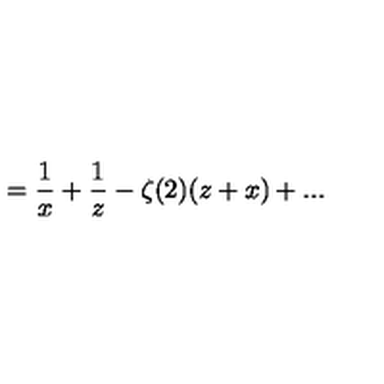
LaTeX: = { \frac { 1 } { x } } + { \frac { 1 } { z } } - \zeta ( 2 ) ( z + x ) + . . .